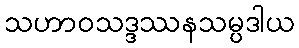
သဟာဝသဒ္ဒဿနသမ္ပဒါယ